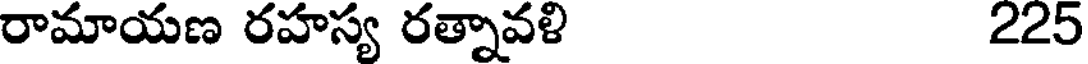
రామాయణ రహస్య రత్నావళి 225